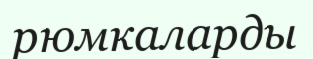
рюмкаларды